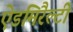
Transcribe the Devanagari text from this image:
ऐडमिरैल्टी